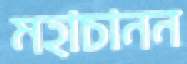
মহাচানন